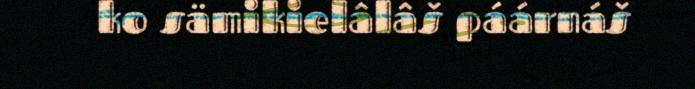
ko sämikielâlâš páárnáš